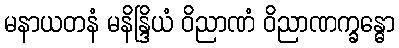
မနာယတနံ မနိန္ဒြိယံ ဝိညာဏံ ဝိညာဏက္ခန္ဓော